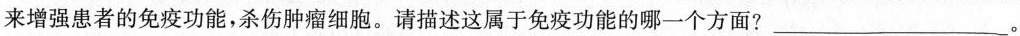
来增强患者的免疫功能，杀伤肿瘤细胞。请描述这属于免疫功能的哪一个方面?___。